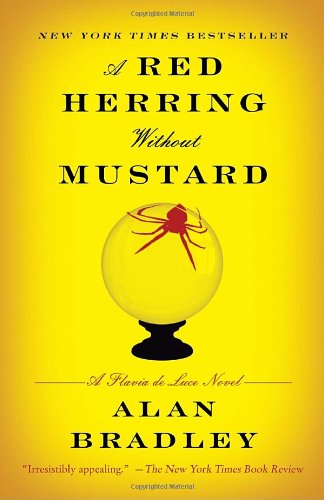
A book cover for A Red Herring Without Mustard: A Flavia de Luce Novel; Alan Bradley; Mystery, Thriller & Suspense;